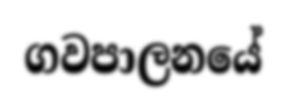
ගවපාලනයේ